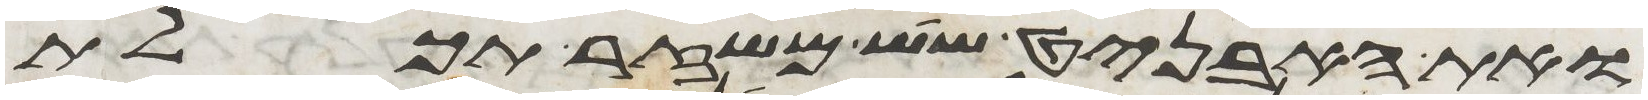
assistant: ואת האבניט שש משזר תכלת